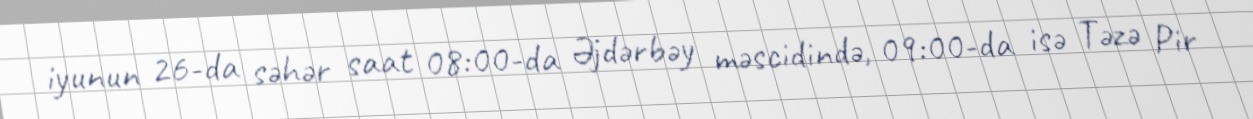
iyunun 26-da səhər saat 08:00-da Əjdərbəy məscidində, 09:00-da isə Təzə Pir